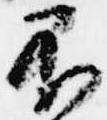
不